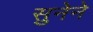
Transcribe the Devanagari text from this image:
सुनेने